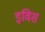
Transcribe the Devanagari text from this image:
इविस